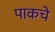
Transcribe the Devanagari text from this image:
पाकचे